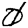
Digit: 0